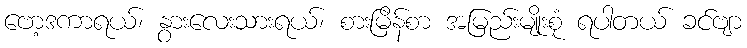
ဗော့ဒကာရယ်၊ နွားလေးသားရယ်၊ စားမြိန်စာ အမြည်းမျိုးစုံ ရပါတယ် ခင်ဗျာ